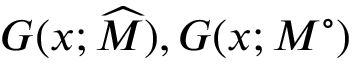
G ( x ; \widehat { M } ) , G ( x ; M ^ { \circ } )